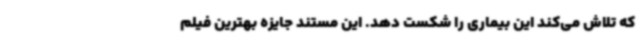
که تلاش می‌کند این بیماری را شکست دهد. این مستند جایزه بهترین فیلم